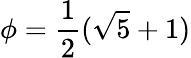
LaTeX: \phi={\frac{1}{2}}({\sqrt{5}}+1)